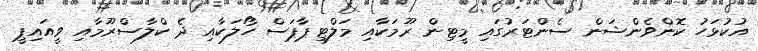
އުކުޅަހު ކޮންވެންޝަން ސެންޓަރުގައި މީޓިން ރޫމަކާއި މަލްޓިޕާޕަސް ހޯލަކާއި ދެ ކްލާސްރޫމާއި ވީއައިޕީ